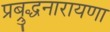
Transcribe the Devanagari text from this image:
प्रब्रुद्धनारायणा